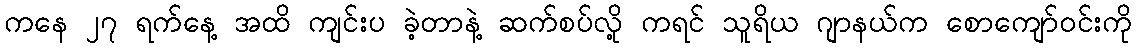
ကနေ ၂၇ ရက်နေ့ အထိ ကျင်းပ ခဲ့တာနဲ့ ဆက်စပ်လို့ ကရင် သူရိယ ဂျာနယ်က စောကျော်ဝင်းကို